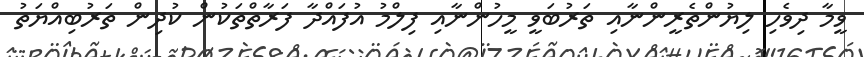
ވީމާ ދިވެހި ލިޔުންތެރީންނާއި ތަރުބަވީ މީހުންނާއި ފިލްމު އުފައްދާ ފަރާތްތަކުން ކުދިން ތަރުބިއްޔަތު